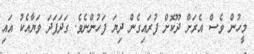
މީހުން ވެސް އެރަށް ދޫކޮށް ފުރައިގެން ދިޔަ ފަހުންނެވެ. ގަދަފަދަ ވަޔާއެކު އައި